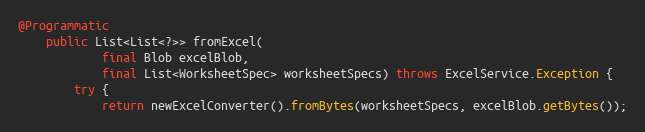
Language: Java
@Programmatic
    public List<List<?>> fromExcel(
            final Blob excelBlob,
            final List<WorksheetSpec> worksheetSpecs) throws ExcelService.Exception {
        try {
            return newExcelConverter().fromBytes(worksheetSpecs, excelBlob.getBytes());